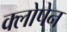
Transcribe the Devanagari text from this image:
क्लोपेन